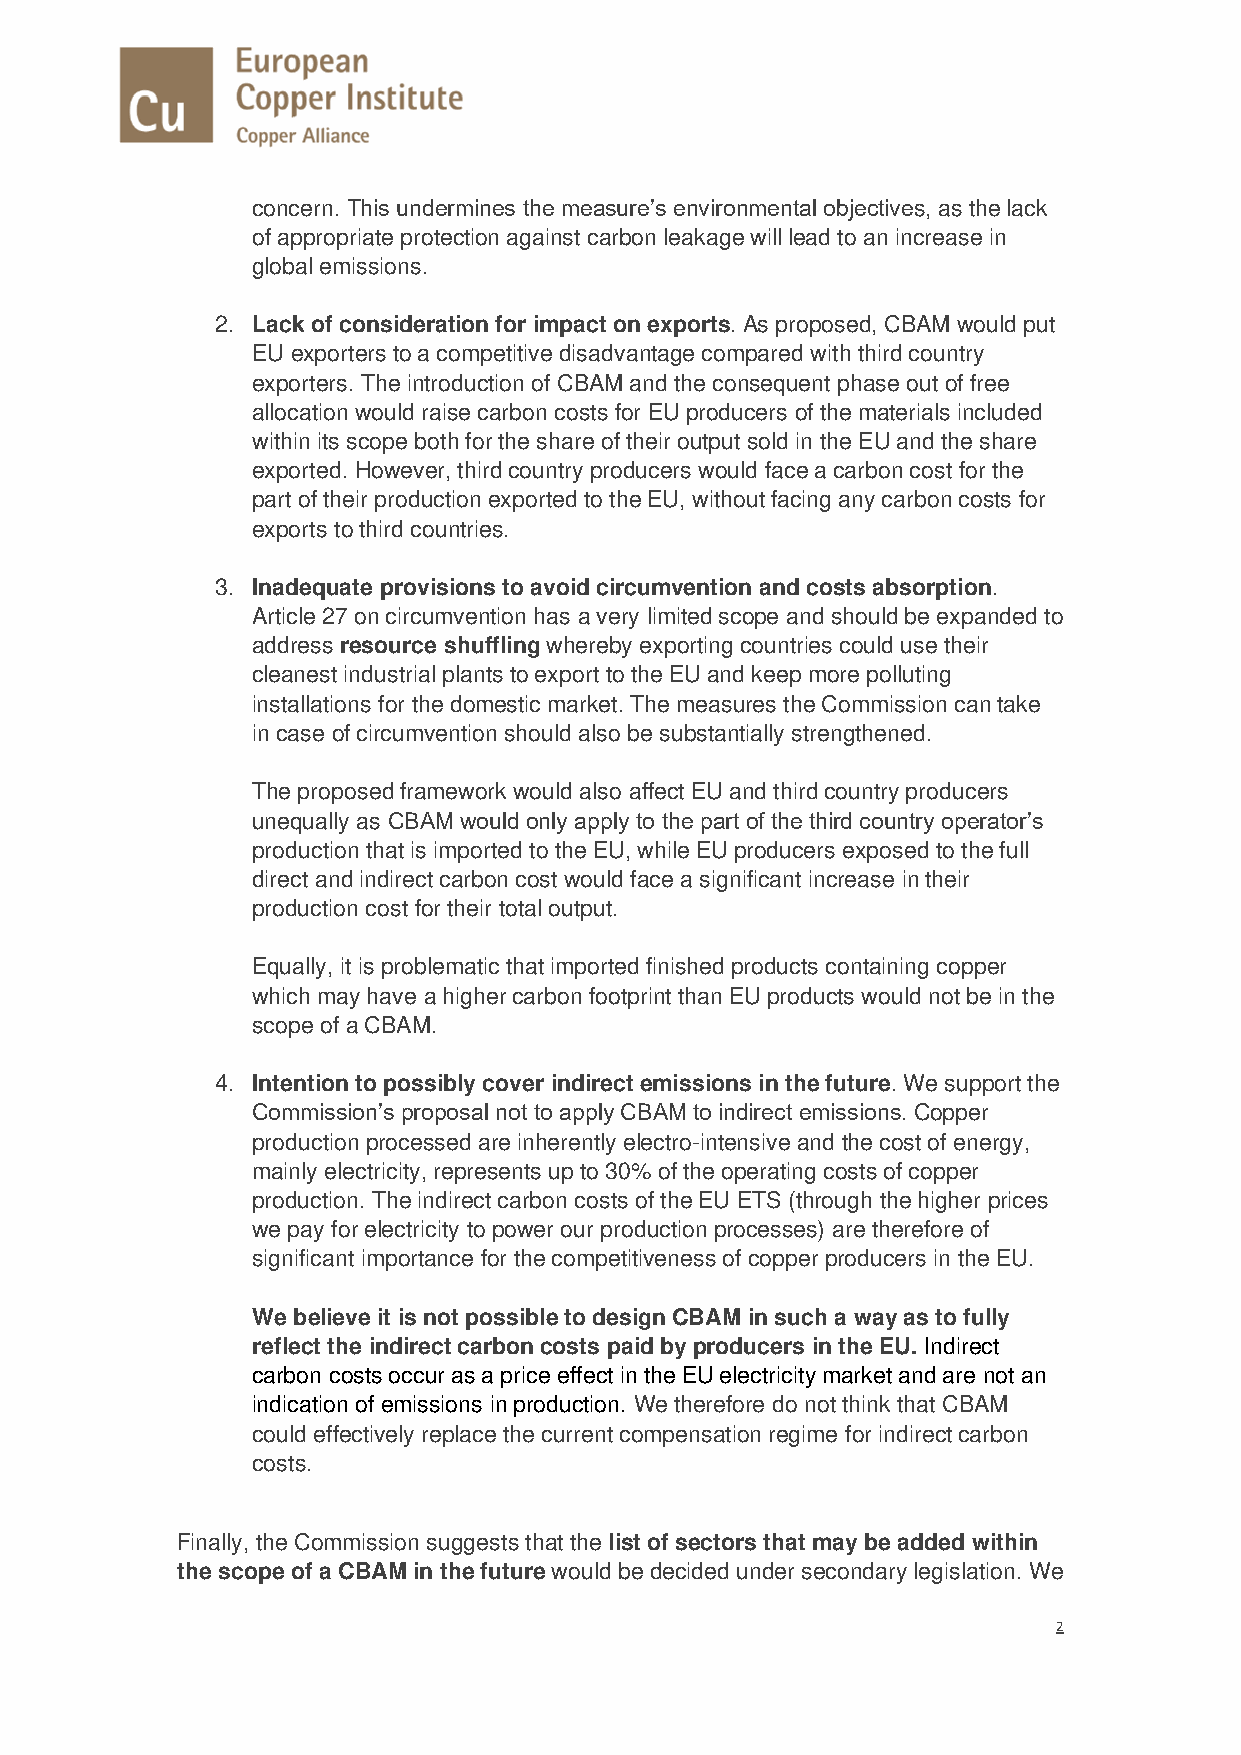
concern. This undermines the measure’s environmental objectives, as the lack
 of appropriate protection against carbon leakage will lead to an increase in
 global emissions.
 2. Lack of consideration for impact on exports. As proposed, CBAM would put
 EU exporters to a competitive disadvantage compared with third country
 exporters. The introduction of CBAM and the consequent phase out of free
 allocation would raise carbon costs for EU producers of the materials included
 within its scope both for the share of their output sold in the EU and the share
 exported. However, third country producers would face a carbon cost for the
 part of their production exported to the EU, without facing any carbon costs for
 exports to third countries.
 3. Inadequate provisions to avoid circumvention and costs absorption.
 Article 27 on circumvention has a very limited scope and should be expanded to
 address resource shuffling whereby exporting countries could use their
 cleanest industrial plants to export to the EU and keep more polluting
 installations for the domestic market. The measures the Commission can take
 in case of circumvention should also be substantially strengthened.
 The proposed framework would also affect EU and third country producers
 unequally as CBAM would only apply to the part of the third country operator’s
 production that is imported to the EU, while EU producers exposed to the full
 direct and indirect carbon cost would face a significant increase in their
 production cost for their total output.
 Equally, it is problematic that imported finished products containing copper
 which may have a higher carbon footprint than EU products would not be in the
 scope of a CBAM.
 4. Intention to possibly cover indirect emissions in the future. We support the
 Commission’s proposal not to apply CBAM to indirect emissions. Copper
 production processed are inherently electro-intensive and the cost of energy,
 mainly electricity, represents up to 30% of the operating costs of copper
 production. The indirect carbon costs of the EU ETS (through the higher prices
 we pay for electricity to power our production processes) are therefore of
 significant importance for the competitiveness of copper producers in the EU.
 We believe it is not possible to design CBAM in such a way as to fully
 reflect the indirect carbon costs paid by producers in the EU. Indirect
 carbon costs occur as a price effect in the EU electricity market and are not an
 indication of emissions in production. We therefore do not think that CBAM
 could effectively replace the current compensation regime for indirect carbon
 costs.
 Finally, the Commission suggests that the list of sectors that may be added within
 the scope of a CBAM in the future would be decided under secondary legislation. We
 2